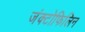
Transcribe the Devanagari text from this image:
जंक्टोफिलिन